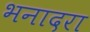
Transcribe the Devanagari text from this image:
भनादरा